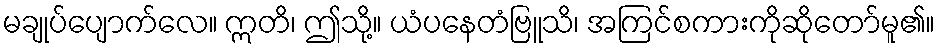
မချုပ်ပျောက်လေ။ ဣတိ၊ ဤသို့။ ယံပနေတံဗြူသိ၊ အကြင်စကားကိုဆိုတော်မူ၏။